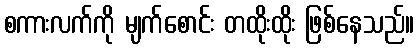
စကားလက်ကို မျက်စောင်း တထိုးထိုး ဖြစ်နေသည်။